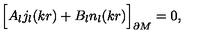
\Bigr [ A _ { l } j _ { l } ( k r ) + B _ { l } n _ { l } ( k r ) \Bigr ] _ { \partial M } = 0 ,